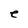
Character: e